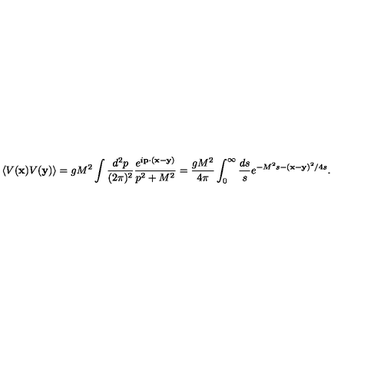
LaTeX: \langle V ( { \bf x } ) V ( { \bf y } ) \rangle = g M ^ { 2 } \int \frac { d ^ { 2 } p } { ( 2 \pi ) ^ { 2 } } \frac { e ^ { i { \bf p } \cdot ( { \bf x } - { \bf y } ) } } { p ^ { 2 } + M ^ { 2 } } = \frac { g M ^ { 2 } } { 4 \pi } \int _ { 0 } ^ { \infty } \frac { d s } { s } e ^ { - M ^ { 2 } s - ( { \bf x } - { \bf y } ) ^ { 2 } / 4 s } .